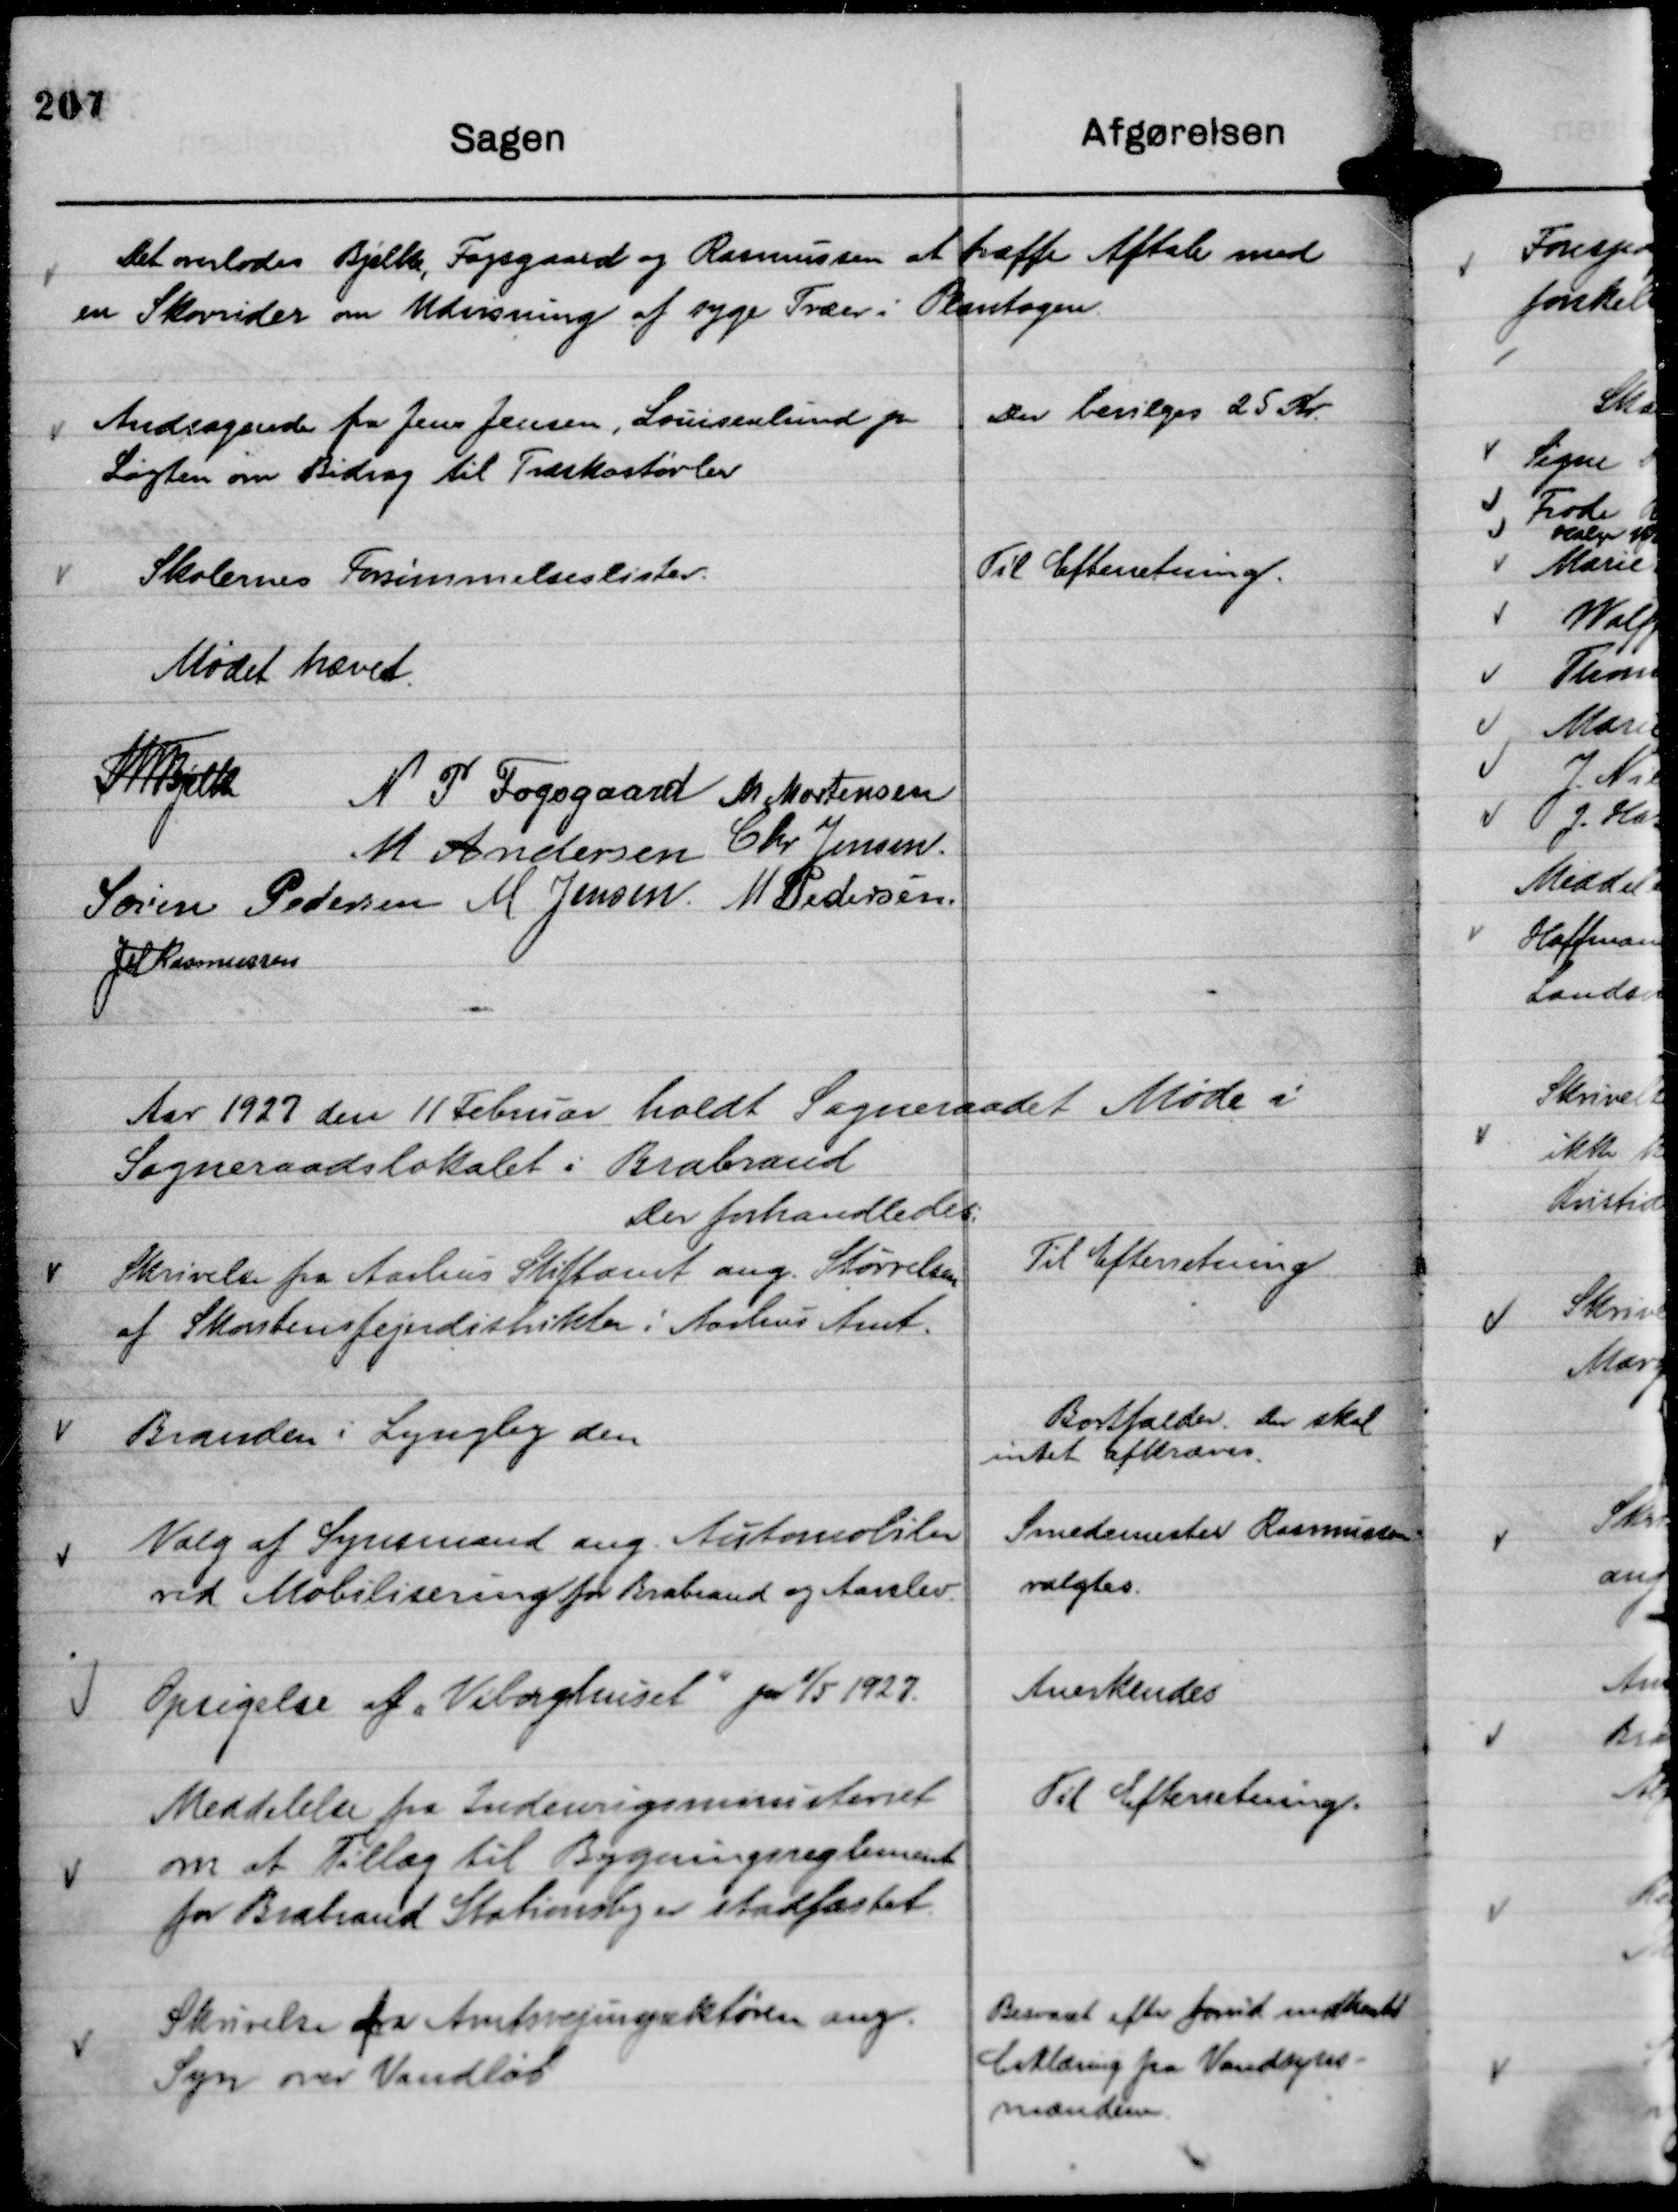
Transskription:
Det overlodes Bjelke, Fogsgaard og Rasmussen at træffe Aftale med
en Skovrider om Udvisning af syge Træer i Plantagen.

Andragende fra Jens Jensen, Louisenlund pr
Løgten om Bidrag til Træskostøvler

Der bevilges 25 Kr.

Skolernes Forsømmelseslister.

Til Efterretning.

Mødet hævet.
Th Bjelke
N P Fogsgaard
M Mortensen
M Andersen
Chr Jensen
Søren Pedersen
M Jensen.
M Pedersen.
JM Rasmussen

Aar 1927 den 11 Februar holdt Sogneraadet Møde i
Sogneraadslokalet i Brabrand
Der forhandledes:

Skrivelse fra Aarhus Stiftamt ang. Størrelsen
af Skorstensfejerdistrikter i Aarhus Amt.

Til Efterretning

Branden i Lyngby den

Bortfalder. Der skal
intet afkræves.

Valg af Synsmand ang. Automobiler
ved Mobilisering for Brabrand og Aarslev.

Smedemester Rasmussen
valgtes.

Opsigelse af "Viborghuset"



pr 1/5 1927.

Anerkendes

Meddelelse fra Indenrigsministeriet
om at Tillæg til Bygningsreglement
for Brabrand Stationsby er stadfæstet.

Til Efterretning.

Skrivelse fra Amtsvejinspektøren ang.
Syn over Vandløb

Besvaret efter forud indhentet
Erklæring fra Vandsyns-
manden.